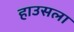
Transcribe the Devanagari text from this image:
हाउसला